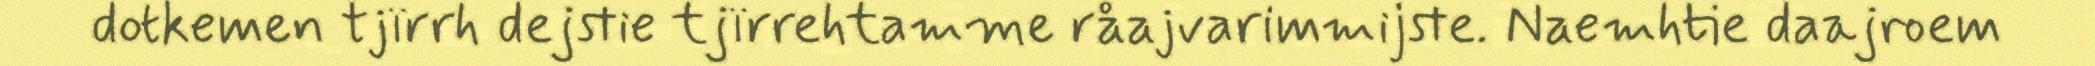
dotkemen tjïrrh dejstie tjïrrehtamme råajvarimmijste. Naemhtie daajroem